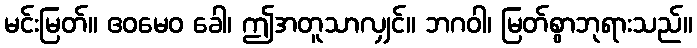
မင်းမြတ်။ ဧဝမေဝ ခေါ၊ ဤအတူသာလျှင်။ ဘဂဝါ၊ မြတ်စွာဘုရားသည်။